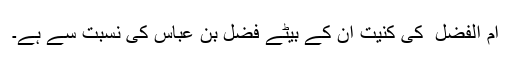
ام الفضل ؓ کی کنیت ان کے بیٹے فضل بِن عباس کی نسبت سے ہے۔